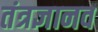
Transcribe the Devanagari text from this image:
तंत्रज्ञानव